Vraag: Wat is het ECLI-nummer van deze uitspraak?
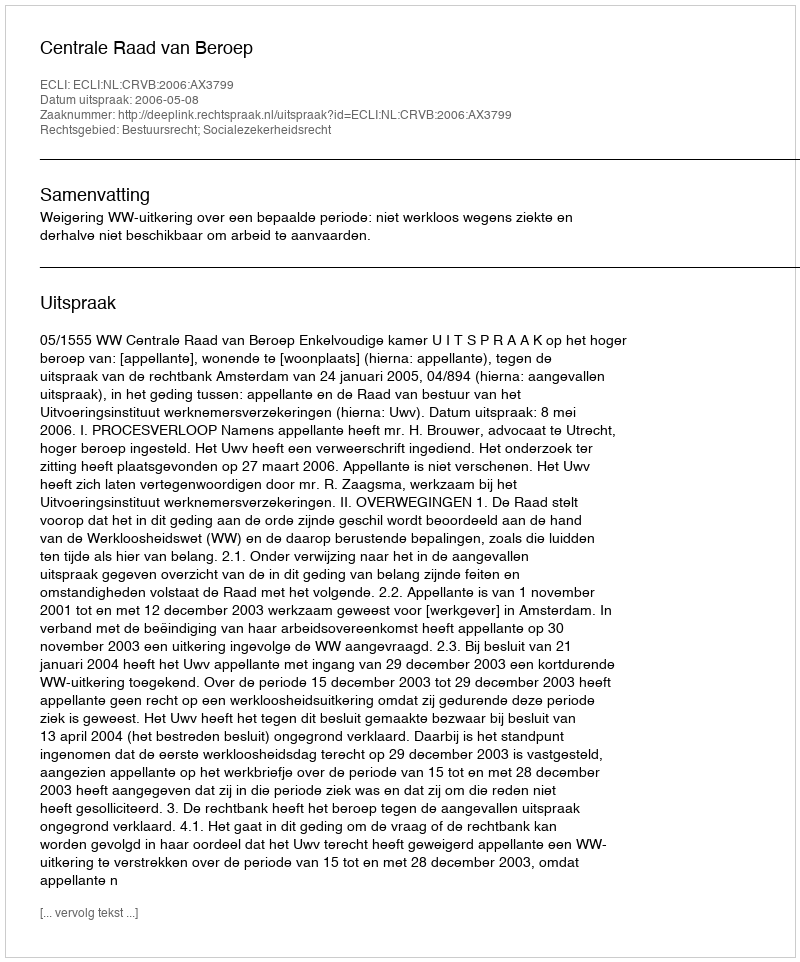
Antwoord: ECLI:NL:CRVB:2006:AX3799